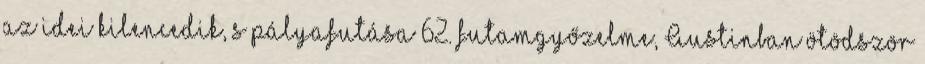
az idei kilencedik, s pályafutása 62. futamgyőzelme, Austinban ötödször